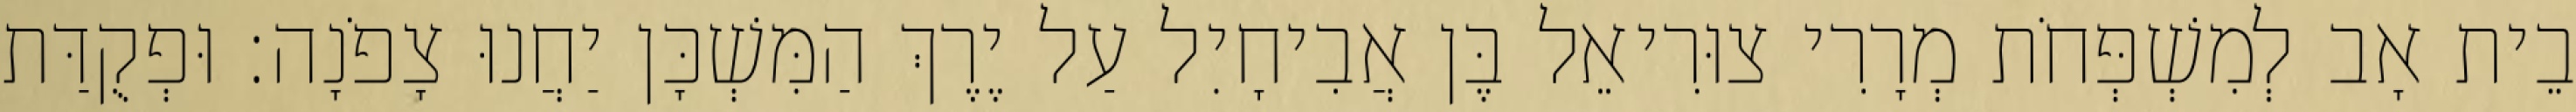
בֵית אָב לְמִשְׁפְּחֹת מְרָרִי צוּרִיאֵל בֶּן אֲבִיחָיִל עַל יֶרֶךְ הַמִּשְׁכָּן יַחֲנוּ צָפֹנָה׃ וּפְקֻדַּת